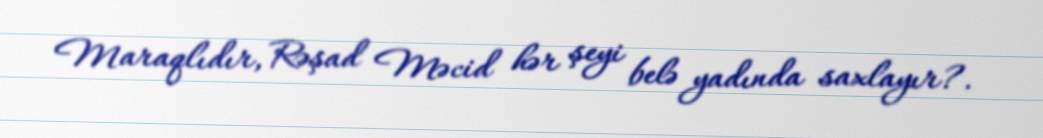
Maraqlıdır, Rəşad Məcid hər şeyi belə yadında saxlayır?.